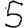
Digit: 5